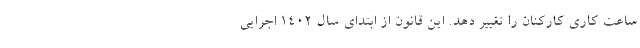
ساعت کاری کارکنان را تغییر دهد. این قانون از ابتدای سال ۱۴۰۲ اجرایی